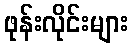
ဖုန်းလိုင်းများ